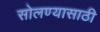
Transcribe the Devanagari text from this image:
सोलण्यासाठी